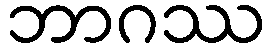
ဘာဂဿ